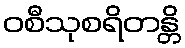
ဝစီသုစရိတန္တိ